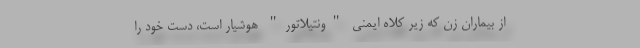
از بیماران زن که زیر کلاه ایمنی "ونتیلاتور" هوشیار است، دست خود را